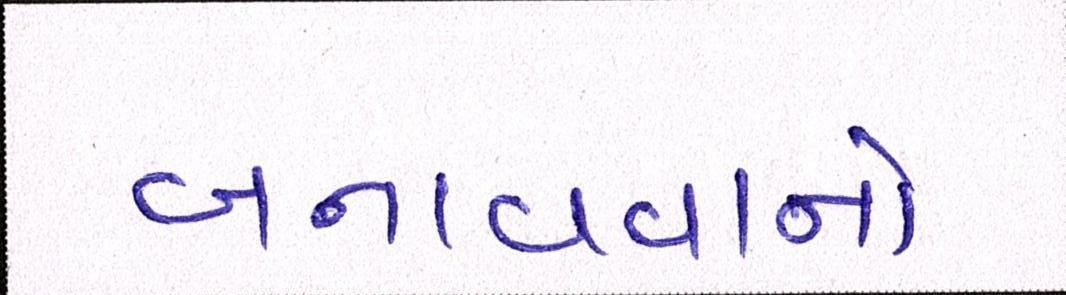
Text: બનાવવાનો